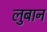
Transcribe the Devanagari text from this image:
लुबान